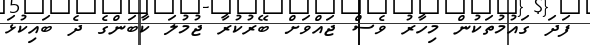
ފަދަ ގައުމުތަކުން މިހާރު ވެސް ޖައްވަށް ބޭރުކުރާ ޖުމުލަ ކާބަންގެ ދެ ބައިކުޅަ